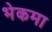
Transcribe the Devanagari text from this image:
भेकमा